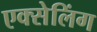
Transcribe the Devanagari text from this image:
एक्सेलिंग